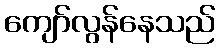
ကျော်လွန်နေသည်